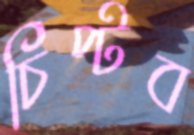
চিপ্‌টব